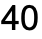
40